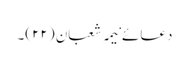
دعائے نیمہ شعبان (۲۲)۔